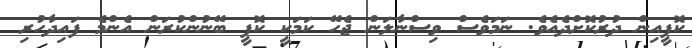
ކޮފީއިން ދުރުކޮށްދެއެވެ. ނަމަވެސް ވިސްނާލަން ޖެހޭ ކަމަކީ ކޮފީ ބޭނުންކުރަން އެންމެ ފައިދާހުރި